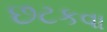
છટકવા